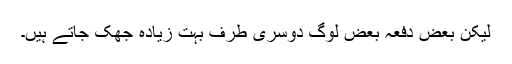
لیکن بعض دفعہ بعض لوگ دوسری طرف بہت زیادہ جھک جاتے ہیں۔